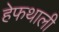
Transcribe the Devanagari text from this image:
हेफथाली